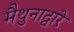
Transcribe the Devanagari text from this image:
मैथुनाद्वारे